Punjab Mental Hospital Lahore 1922-31 - 1922-1931
Year: 1922
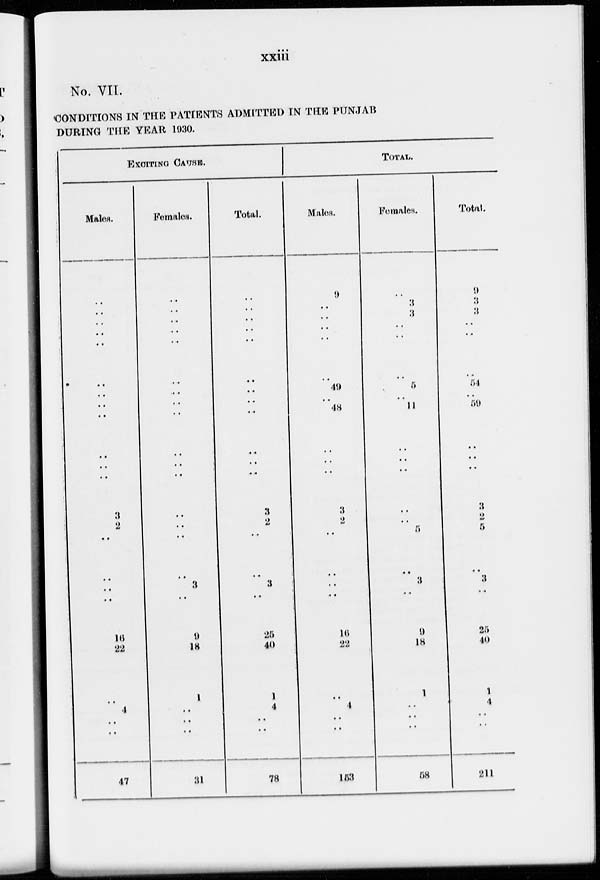
xxiii
No. VII.
CONDITIONS IN THE PATIENTS ADMITTED IN THE PUNJAB
DURING THE YEAR 1930.
EXCITING CAUSE.
Males.
..
..
..
..
..
..
..
..
..
..
..
..
3
2
..
..
..
..
16
22
..
4
..
..
47
Females.
..
..
..
..
..
..
..
..
..
..
..
..
..
..
..
..
3
..
9
18
1
..
..
..
31
Total.
..
..
..
..
..
..
..
..
..
..
..
..
3
2
..
..
3
..
25
40
1
4
..
..
78
TOTAL.
Males.
9
..
..
..
..
..
49
..
48
..
..
..
3
2
..
..
..
..
16
22
..
4
..
..
153
Females.
..
3
3
..
..
..
5
..
11
..
..
..
..
..
5
..
3
..
9
18
1
..
..
..
58
Total.
9
3
3
..
..
..
54
..
59
..
..
..
3
2
5
..
3
..
25
40
1
4
..
..
211